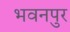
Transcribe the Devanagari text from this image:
भवनपुर